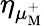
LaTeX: \eta_{\mu_{\mathrm{M}}^{+}}